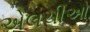
એલચીઓ